Vaccination United Provinces of Agra and Oudh 1914-1922 - 1914-1922
Year: 1914
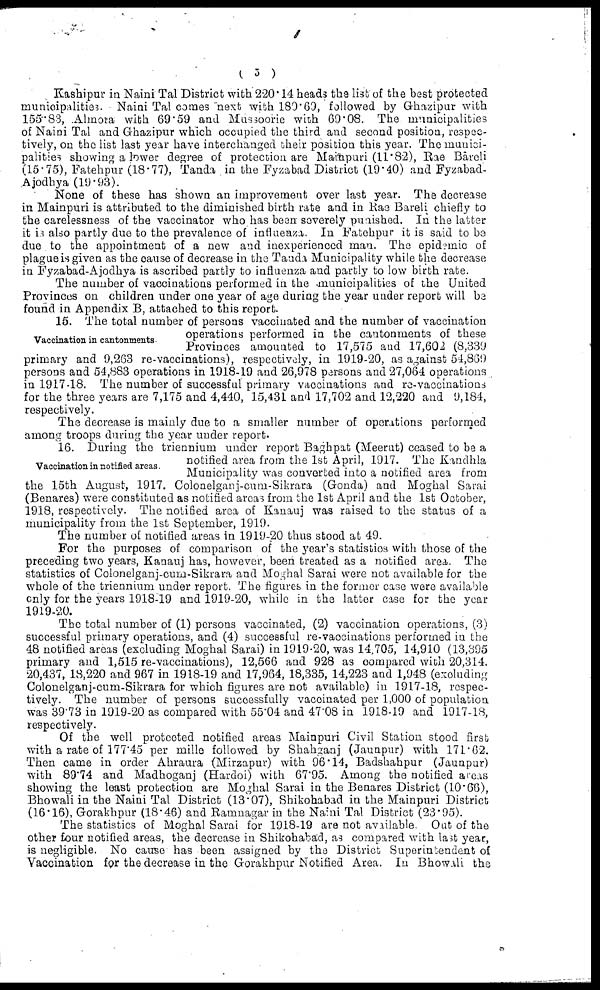
( 5 )
Kashipur in Naini Tal District with 220.14 heads the list of the best protected
municipalities. Naini Tal comes next with 180.69, followed by Ghazipur with
155.83, Almora with 69.59 and Mussoorie with 69.08. The municipalities
of Naini Tal and Ghazipur which occupied the third and second position, respec-
tively, on the list last year have interchanged their position this year. The munici-
palities showing a lower degree of protection are Mainpuri (11.82), Rae Bareli
(15.75), Fatehpur (18.77), Tanda in the Fyzabad District (19.40) and Fyzabad-
Ajodhya (19.93).
None of these has shown an improvement over last year. The decrease
in Mainpuri is attributed to the diminished birth rate and in Rae Bareli chiefly to
the carelessness of the vaccinator who has been severely punished. In the latter
it is also partly due to the prevalence of influenza. In Fatehpur it is said to be
due to the appointment of a new and inexperienced man. The epidemic of
plague is given as the cause of decrease in the Tanda Municipality while the decrease
in Fyzabad-Ajodhya is ascribed partly to influenza and partly to low birth rate.
The number of vaccinations performed in the municipalities of the United
Provinces on children under one year of age during the year under report will be
found in Appendix B, attached to this report.
Vaccination in cantonments.
15. The total number of persons vaccinated and the number of vaccination
operations performed in the cantonments of these
Provinces amounted to 17,575 and 17,602 (8,330
primary and 9,263 re-vaccinations), respectively, in 1919-20, as against 54,869
persons and 54,883 operations in 1918-19 and 26,978 persons and 27,064 operations
in 1917-18. The number of successful primary vaccinations and re-vaccinations
for the three years are 7,175 and 4,440, 15,431 and 17,702 and 12,220 and 9,184,
respectively.
The decrease is mainly due to a smaller number of operations performed
among troops during the year under report.
Vaccination in notified areas.
16. During the triennium under report Baghpat (Meerut) ceased to be a
notified area from the 1st April, 1917. The Kandhla
Municipality was converted into a notified area from
the 15th August, 1917. Colonelganj-cum-Sikrara (Gonda) and Moghal Sarai
(Benares) were constituted as notified areas from the 1st April and the 1st October,
1918, respectively. The notified area of Kanauj was raised to the status of a
municipality from the 1st September, 1919.
The number of notified areas in 1919-20 thus stood at 49.
For the purposes of comparison of the year's statistics with those of the
preceding two years, Kanauj has, however, been treated as a notified area. The
statistics of Colonelganj-cum-Sikrara and Moghal Sarai were not available for the
whole of the triennium under report. The figures in the former case were available
only for the years 1918-19 and 1919-20, while in the latter case for the year
1919-20.
The total number of (1) persons vaccinated, (2) vaccination operations, (3)
successful primary operations, and (4) successful re-vaccinations performed in the
48 notified areas (excluding Moghal Sarai) in 1919-20, was 14,705, 14,910 (13,395
primary and 1,515 re-vaccinations), 12,566 and 928 as compared with 20,314.
20,437, 18,220 and 967 in 1918-19 and 17,964, 18,335, 14,223 and 1,948 (excluding
Colonelganj-cum-Sikrara for which figures are not available) in 1917-18, respec-
tively. The number of persons successfully vaccinated per 1,000 of population
was 39.73 in 1919-20 as compared with 55.04 and 47.08 in 1918-19 and 1917-18,
respectively.
Of the well protected notified areas Mainpuri Civil Station stood first
with a rate of 177.45 per mille followed by Shahganj (Jaunpur) with 171.62.
Then came in order Ahraura (Mirzapur) with 96.14, Badshahpur (Jaunpur)
with 89.74 and Madhoganj (Hardoi) with 67.95. Among the notified areas
showing the least protection are Moghal Sarai in the Benares District (10.66),
Bhowali in the Naini Tal District (13.07), Shikohabad in the Mainpuri District
(16.16), Gorakhpur (18.46) and Ramnagar in the Naini Tal District (23.95).
The statistics of Moghal Sarai for 1918-19 are not available. Out of the
other four notified areas, the decrease in Shikohabad, as compared with last year,
is negligible. No cause has been assigned by the District Superintendent of
Vaccination for the decrease in the Gorakhpur Notified Area. In Bhowali the